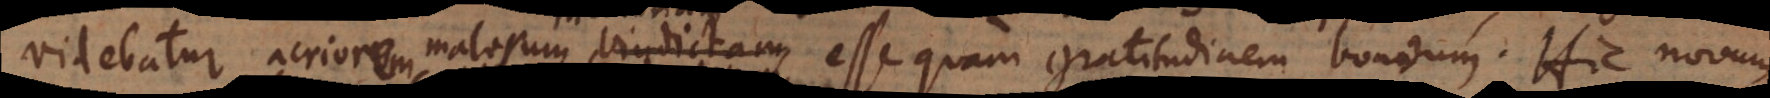
acriorum acriorem malorum vindictam esse quam gratitudinem bonorum. Hic nov